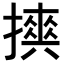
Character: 𢷇